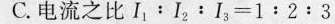
C.电流之比$$I _ { 1 }﹔I _ { 2 }：I _ { 3 } = 1 : 2 : 3$$